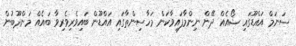
ސަނަމް އައްޑޫގައި ޝޯއެއް ދޭން ނިންމާފައިވާކަން މަހާސިންތާގަައި އައްޑޫން ބައިވެރިވެރިވާ ބައެއް މަންދޫބުން